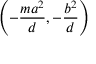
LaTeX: \left( - { \frac { m a ^ { 2 } } { d } } , - { \frac { b ^ { 2 } } { d } } \right)